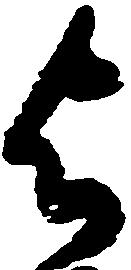
与